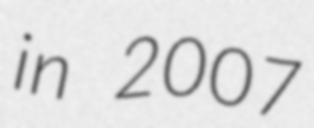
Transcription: in 2007